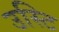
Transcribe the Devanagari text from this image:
उस्टि